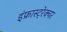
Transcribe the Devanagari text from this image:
इंफ्रास्ट्रेक्चर